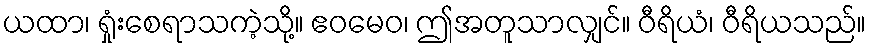
ယထာ၊ ရှုံးစေရာသကဲ့သို့။ ဧဝမေဝ၊ ဤအတူသာလျှင်။ ဝီရိယံ၊ ဝီရိယသည်။